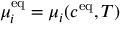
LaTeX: \mu _ { i } ^ { \mathrm { { e q } } } = \mu _ { i } ( c ^ { \mathrm { { e q } } } , T )